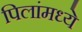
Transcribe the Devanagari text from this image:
पिलांमध्ये